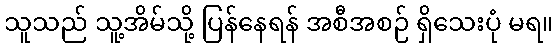
သူသည် သူ့အိမ်သို့ ပြန်နေရန် အစီအစဉ် ရှိသေးပုံ မရ။